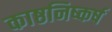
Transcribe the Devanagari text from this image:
काष्ठनिष्कर्ष